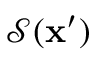
\mathcal { S } ( \mathbf { x } ^ { \prime } )